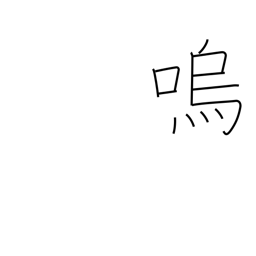
Meaning: alas